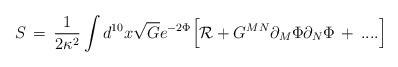
LaTeX: \begin{align*}S \,=\, {1\over 2 \kappa^2} \int d^{10}x \sqrt{G} e^{-2\Phi} \Big[{\cal R} + G^{MN} \partial_M \Phi \partial_N \Phi \,+\, ....\Big]\end{align*}